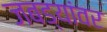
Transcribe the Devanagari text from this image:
जबड्यांवर